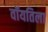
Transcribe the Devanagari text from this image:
वॉयतिला